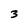
Character: 3